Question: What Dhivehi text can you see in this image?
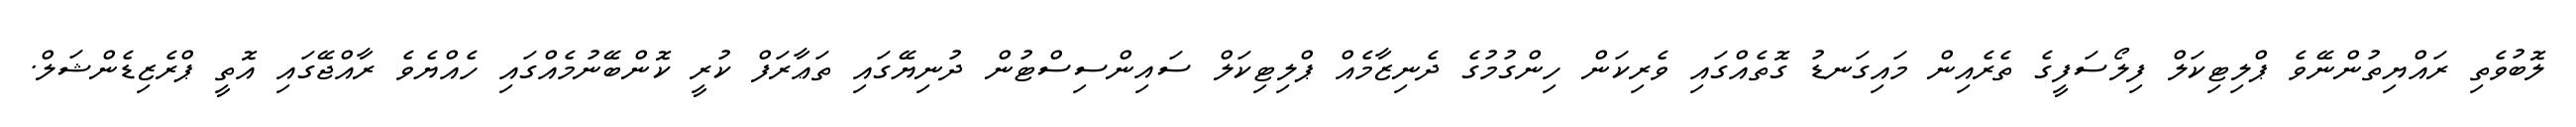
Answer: ލޮބުވެތި ރައްޔިތުންނޭވެ ޕްލިޓިކަލް ފިލޯސަފީގެ ތެރެއިން މައިގަނޑު ގޮތެއްގައި ވެރިކަން ހިންގުމުގެ ދެނިޒާމެއް ޕްލިޓިކަލް ސައިންސިސްޓުން ދުނިޔޭގައި ތަޢާރަފް ކުރީ ކޮންބޭނުމެއްގައި ހެއްޔެވެ ރާއްޖޭގައި އޮތީ ޕްރެޒިޑެންޝަލް.